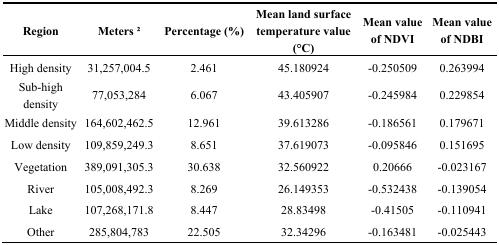
<table><thead><tr><td><b>Region</b></td><td><b>Meters 2</b></td><td><b>Percentage (%)</b></td><td><b>Mean land surface temperature value (°C)</b></td><td><b>Mean value of NDVI</b></td><td><b>Mean value of NDBI</b></td></tr></thead><tbody><tr><td>High density</td><td>31,257,004.5</td><td>2.461</td><td>45.180924</td><td>-0.250509</td><td>0.263994</td></tr><tr><td>Sub-high density</td><td>77,053,284</td><td>6.067</td><td>43.405907</td><td>-0.245984</td><td>0.229854</td></tr><tr><td>Middle density</td><td>164,602,462.5</td><td>12.961</td><td>39.613286</td><td>-0.186561</td><td>0.179671</td></tr><tr><td>Low density</td><td>109,859,249.3</td><td>8.651</td><td>37.619073</td><td>-0.095846</td><td>0.151695</td></tr><tr><td>Vegetation</td><td>389,091,305.3</td><td>30.638</td><td>32.560922</td><td>0.20666</td><td>-0.023167</td></tr><tr><td>River</td><td>105,008,492.3</td><td>8.269</td><td>26.149353</td><td>-0.532438</td><td>-0.139054</td></tr><tr><td>Lake</td><td>107,268,171.8</td><td>8.447</td><td>28.83498</td><td>-0.41505</td><td>-0.110941</td></tr><tr><td>Other</td><td>285,804,783</td><td>22.505</td><td>32.34296</td><td>-0.163481</td><td>-0.025443</td></tr></tbody></table>